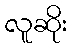
လူဆိုး